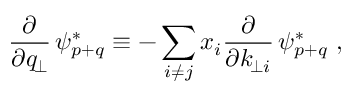
\frac { \partial } { \partial q _ { \! \perp } } \, \psi _ { p + q } ^ { * } \equiv - \sum _ { i \ne j } x _ { i } \frac { \partial } { \partial k _ { \! \perp i } } \, \psi _ { p + q } ^ { * } \ ,